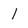
Character: l